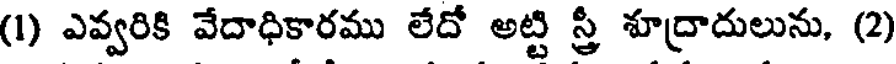
(1) ఎవ్వరికి వేదాధికారము లేదో అట్టి స్త్రీ శూద్రాదులును, (2)